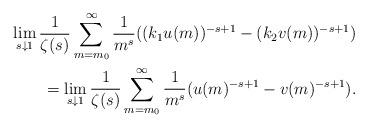
LaTeX: \begin{align*}\lim_{s\downarrow 1}\frac{1}{\zeta(s)}\sum_{m=m_0}^{\infty}\frac{1}{m^s}((k_1u(m))^{-s+1}-(k_2v(m))^{-s+1})\\=\lim_{s\downarrow 1}\frac{1}{\zeta(s)}\sum_{m=m_0}^{\infty}\frac{1}{m^s}(u(m)^{-s+1}-v(m)^{-s+1}).\end{align*}